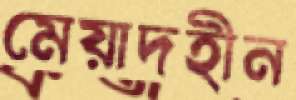
মেয়াদহীন